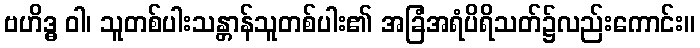
ဗဟိဒ္ဓ ဝါ၊ သူတစ်ပါးသန္တာန်သူတစ်ပါး၏ အခြံအရံပိရိသတ်၌လည်းကောင်း။